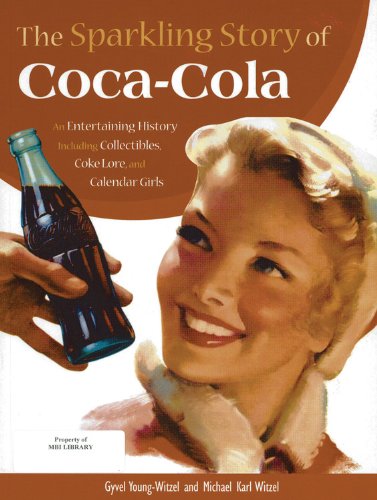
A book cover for The Sparkling Story of Coca-Cola: An Entertaining History including Collectibles, Coke Lore, and Calendar Girls; Gyvel Young-Witzel; Humor & Entertainment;